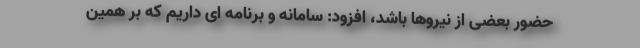
حضور بعضی از نیروها باشد، افزود: سامانه و برنامه ای داریم که بر همین